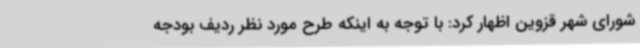
شورای شهر قزوین اظهار کرد: با توجه به اینکه طرح مورد نظر ردیف بودجه